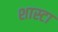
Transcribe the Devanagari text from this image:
शास्टा